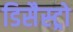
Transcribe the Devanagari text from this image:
डिसैस्ट्रो